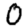
Digit: 0